Report on vaccination in Madras 1877-1894 - 1877-1894
Year: 1877
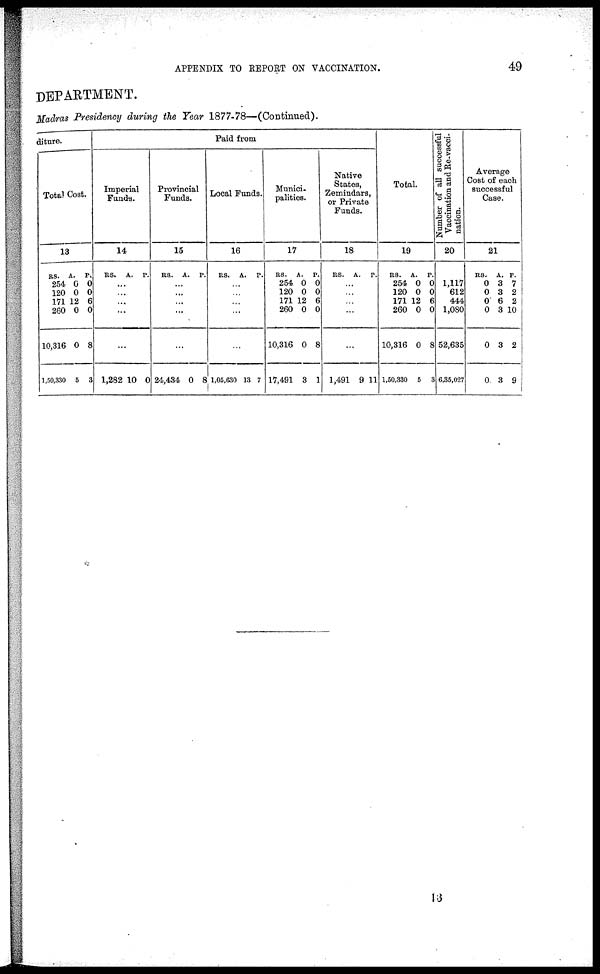
APPENDIX TO REPORT ON VACCINATION.
49
DEPARTMENT.
Madras Presidency during the Year 1877-78—(Continued).
diture.
Total Cost.
13
RS.
254
120
171
260
10,316
1,50,330
A.
0
0
12
0
0
5
P.
0
0
6
0
8
3
Paid from
Imperial
Funds.
14
RS.
A. P.
...
...
...
...
...
1,282 10 0
Provincial
Funds.
15
RS. A.
P.
...
... ...
...
...
24,434 0 8
Local Funds.
16
RS. A.
P.
...
...
...
...
...
1,05,630 13 7
Munici-
palities.
17
RS.
254
120
171
260
10,316
17,491
A.
0
0
12
0
0
3
P.
0
0
6
0
8
1
Native
States,
Zemindars,
or Private
Funds.
18
RS. A.
P.
...
...
...
...
...
1,491 9 11
Total.
19
RS.
254
120
171
260
10,316
1,50,330
A.
0
0
12
0
0
5
P.
0
0
6
0
8
3
Number of all successful
Vaccination and Re-vacci-
nation.
20
1,117
612
444
1,080
52,635
6,35,027
Average
Cost of each
successful
Case.
21
RS.
0
0
0
0
0
0
A.
3
3
6
3
3
3
P.
7
2
2
10
2
9
13